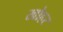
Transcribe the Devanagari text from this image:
खोहर